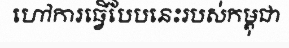
ហៅការធ្វើបែបនេះរបស់កម្ពុជា